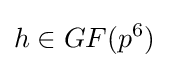
h\in GF(p^{6})